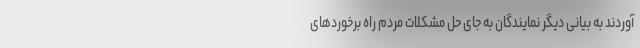
آوردند به بیانی دیگر نمایندگان به جای حل مشکلات مردم راه برخوردهای